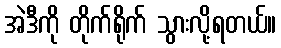
အဲဒီကို တိုက်ရိုက် သွားလို့ရတယ်။